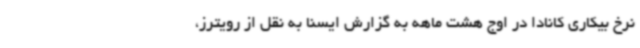
نرخ بیکاری کانادا در اوج هشت ماهه به گزارش ایسنا به نقل از رویترز،